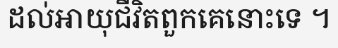
ដល់អាយុជីវិតពួកគេនោះទេ ។